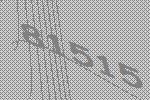
81515